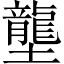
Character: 壟